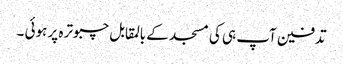
تدفین آپ ہی کی مسجد کے بالمقابل چبوترہ پر ہوئی ۔